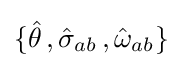
\{{\hat {\theta }}\,,{\hat {\sigma }}_{ab}\,,{\hat {\omega }}_{ab}\}